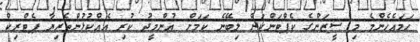
ހަމައެހެންމެ މި ސީޒަންގެ ކެޕްޓަންކަން ލިބޭނެ ކަމަށް އުންމީދު ކުރި އެއްކުޅުންތެރިޔާ ޕެޓްރިކް